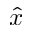
\hat { x }